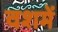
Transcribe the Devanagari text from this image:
वशमें